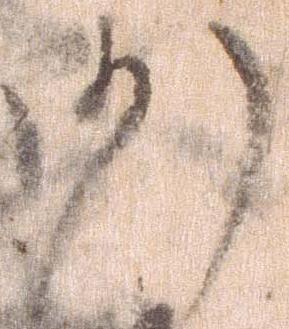
沙